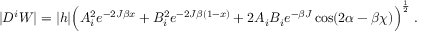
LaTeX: | D ^ { i } W | = | h | \Big ( A _ { i } ^ { 2 } e ^ { - 2 J \beta x } + B _ { i } ^ { 2 } e ^ { - 2 J \beta ( 1 - x ) } + 2 A _ { i } B _ { i } e ^ { - \beta J } \cos ( 2 \alpha - \beta \chi ) \Big ) ^ { \frac { 1 } { 2 } } \; .